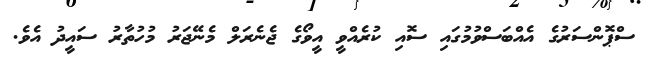
ސްޕޮންސަރުގެ އެއްބަސްވުމުގައި ސޮއި ކުރެއްވީ އީވޯގެ ޖެނެރަލް މެނޭޖަރު މުހުތާރު ސައީދު އެވެ.